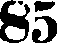
85